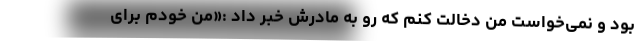
بود و نمی‌خواست من دخالت کنم که رو به مادرش خبر داد :«من خودم برای